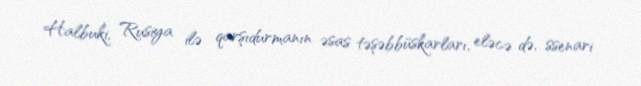
Halbuki, Rusiya ilə qarşıdurmanın əsas təşəbbüskarları, eləcə də, ssenari